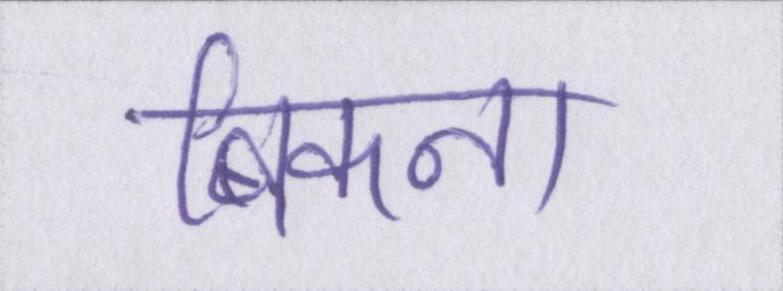
बिकना